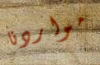
مواردنا